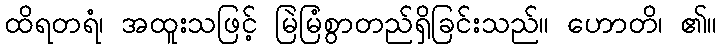
ထိရတရံ၊ အထူးသဖြင့် မြဲမြံစွာတည်ရှိခြင်းသည်။ ဟောတိ၊ ၏။